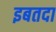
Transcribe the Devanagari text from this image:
इबतदा